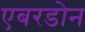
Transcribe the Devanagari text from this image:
एबरडोन